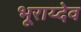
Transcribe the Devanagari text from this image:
भूराय्देव